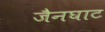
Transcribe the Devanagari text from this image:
जैनघाट